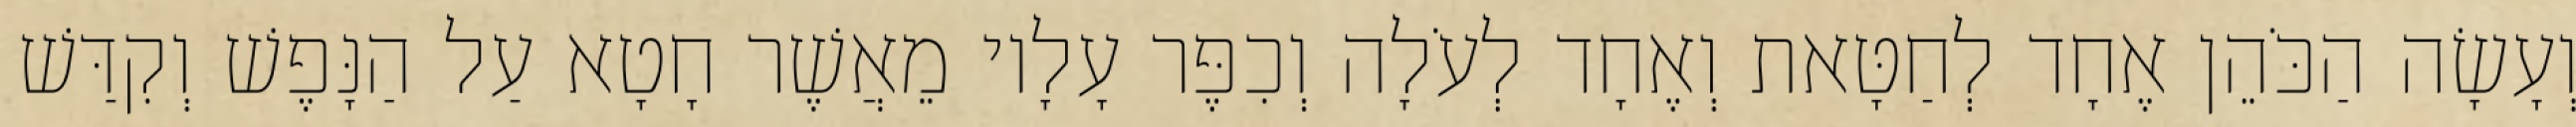
וְעָשָׂה הַכֹּהֵן אֶחָד לְחַטָּאת וְאֶחָד לְעֹלָה וְכִפֶּר עָלָיו מֵאֲשֶׁר חָטָא עַל הַנָּפֶשׁ וְקִדַּשׁ